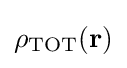
\rho _{\text{TOT}}(\mathbf {r} )